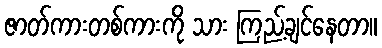
ဇာတ်ကားတစ်ကားကို သား ကြည့်ချင်နေတာ။